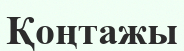
Қоңтажы